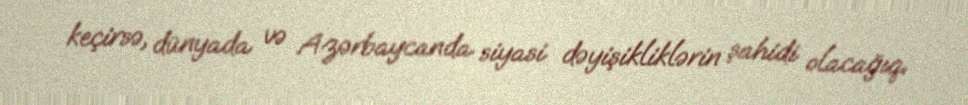
keçirsə, dünyada və Azərbaycanda siyasi dəyişikliklərin şahidi olacağıq.